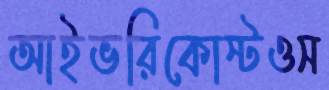
আইভরিকোস্টওস